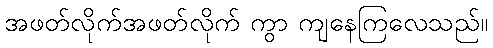
အဖတ်လိုက်အဖတ်လိုက် ကွာ ကျနေကြလေသည်။